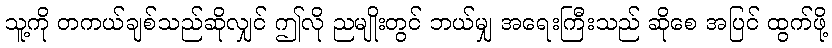
သူ့ကို တကယ်ချစ်သည်ဆိုလျှင် ဤလို ညမျိုးတွင် ဘယ်မျှ အရေးကြီးသည် ဆိုစေ အပြင် ထွက်ဖို့